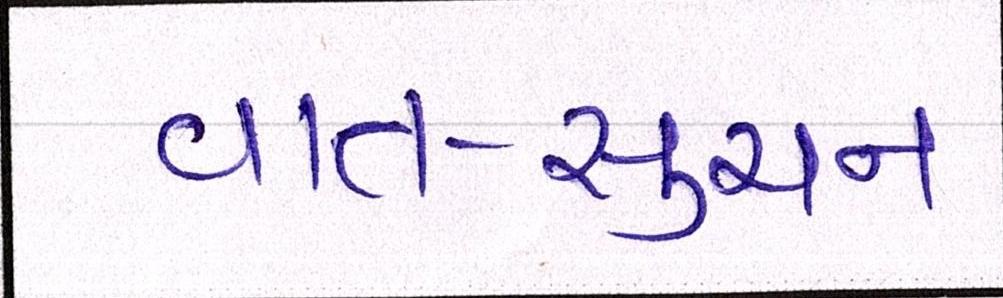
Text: વાત-સુચન